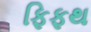
ફિફથ